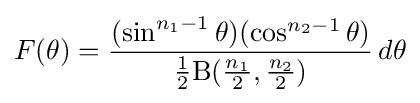
F(\theta )={\frac {(\sin ^{n_{1}-1}\theta )(\cos ^{n_{2}-1}\theta )}{{\frac {1}{2}}\mathrm {B} ({\frac {n_{1}}{2}},{\frac {n_{2}}{2}})}}\,d\theta